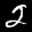
Label: 2